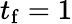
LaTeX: t_{\mathrm{f}}=1